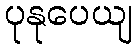
ပုနုပေယျ